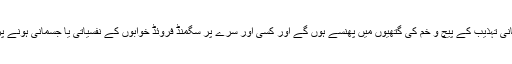
کچھ فاصلے پر کارل مارکس، ہیگل، کانٹ اور نتشے انسانی تہذیب کے پیچ و خم کی گتھیوں میں پھنسے ہوں گے اور کسی اور سرے پر سگمنڈ فروئڈ خوابوں کے نفسیاتی یا جسمانی ہونے پر کسی ماہر اعصابیات سے جھگڑے میں مصروف ہو گا۔